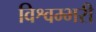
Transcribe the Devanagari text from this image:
विश्वम्भरी